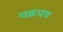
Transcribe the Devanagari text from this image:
चक्रपथ